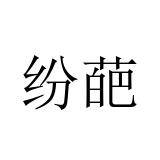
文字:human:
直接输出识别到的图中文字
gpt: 纷葩